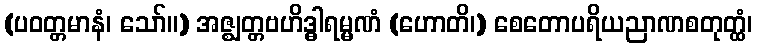
(ပဝတ္တမာနံ၊ သော်။) အဇ္ဈတ္တဗဟိဒ္ဓါရမ္မဏံ (ဟောတိ၊) စေတောပရိယညာဏစတုတ္ထံ၊